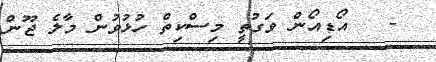
-   އޯޑިއޯން ވަގުތީ މިސްކިތް ހުޅުވުން މާލެ ޖޫން